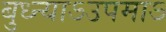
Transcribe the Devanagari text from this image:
बुध्न्याऽउपमाऽ